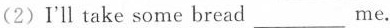
(2)I'll take some bread___me.